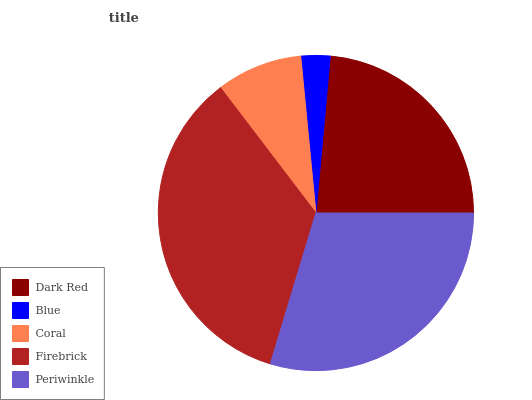
| Dark Red | Blue | Coral | Firebrick | Periwinkle |
 | --- | --- | --- | --- | --- |
 | 23.6% | 2.99% | 8.82% | 35% | 29.6% |